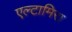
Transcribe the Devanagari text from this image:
एल्टामिरा